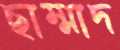
ছাম্মাদ